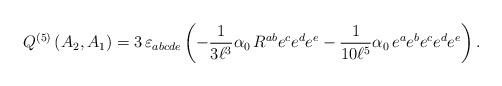
LaTeX: \begin{align*}Q^{(5)}\left( A_{2},A_{1}\right) =3\,\varepsilon_{abcde}\left( -\frac{1}{3\ell^{3}}\alpha_{0}\,R^{ab}e^{c}e^{d}e^{e}-\frac{1}{10\ell^{5}}\alpha_{0}\,e^{a}e^{b}e^{c}e^{d}e^{e}\right) .\end{align*}